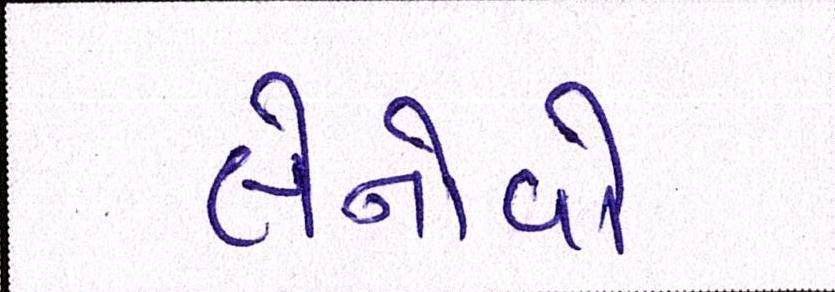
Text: લેનોવો